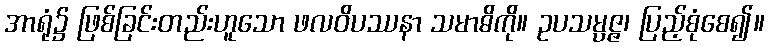
အာရုံ၌ ဖြစ်ခြင်းတည်းဟူသော ဖလဝိပဿနာ သမာဓိကို။ ဥပသမ္ပဇ္ဇ၊ ပြည့်စုံစေ၍။